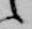
候